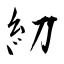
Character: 糿